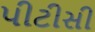
પીટીસી